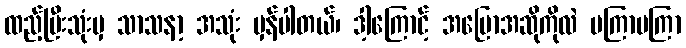
ထည့်ပြီးသုံးမှ သာသနာ့ အသုံး မှန်ပါတယ်၊ ဒါ့ကြောင့် အပြောအဆိုကိုလဲ မကြာမကြာ